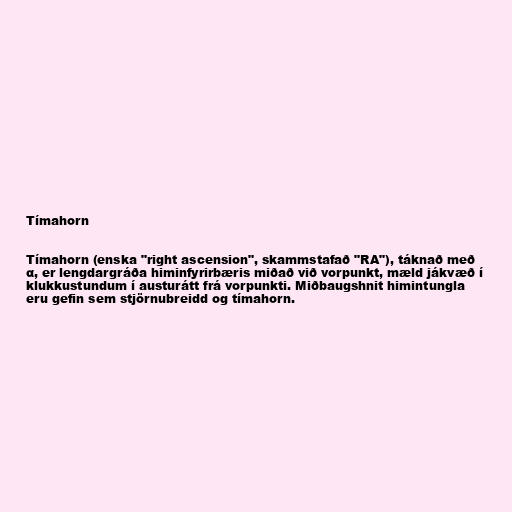
Tímahorn

Tímahorn (enska "right ascension", skammstafað "RA"), táknað með
α, er lengdargráða himinfyrirbæris miðað við vorpunkt, mæld jákvæð í
klukkustundum í austurátt frá vorpunkti. Miðbaugshnit himintungla
eru gefin sem stjörnubreidd og tímahorn.